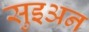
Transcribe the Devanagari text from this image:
सुइअन